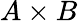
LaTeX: A\times B